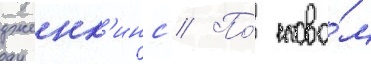
дженк'инс // По́ слова́м